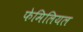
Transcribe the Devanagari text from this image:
फेमिलियल